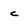
Character: c